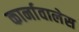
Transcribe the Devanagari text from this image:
कार्नावालेस